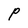
Character: P